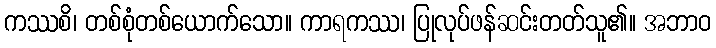
ကဿစိ၊ တစ်စုံတစ်ယောက်သော။ ကာရကဿ၊ ပြုလုပ်ဖန်ဆင်းတတ်သူ၏။ အဘာဝ